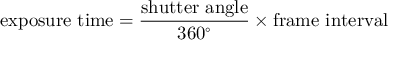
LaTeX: \mathrm { e x p o s u r e \ t i m e } = { \frac { \mathrm { s h u t t e r \ a n g l e } } { 3 6 0 ^ { \circ } } } \times \mathrm { f r a m e \ i n t e r v a l }